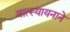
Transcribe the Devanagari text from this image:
वात्स्यायनाने